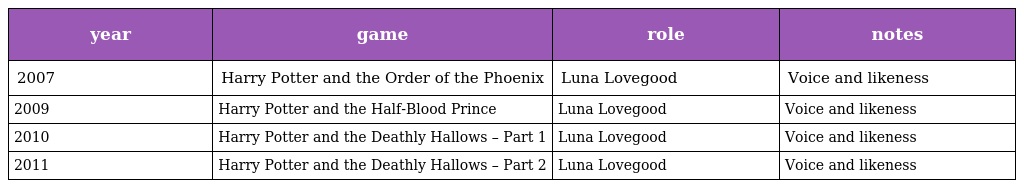
| year | game | role | notes |
 | --- | --- | --- | --- |
 | 2007 | Harry Potter and the Order of the Phoenix | Luna Lovegood | Voice and likeness |
 | 2009 | Harry Potter and the Half-Blood Prince | Luna Lovegood | Voice and likeness |
 | 2010 | Harry Potter and the Deathly Hallows – Part 1 | Luna Lovegood | Voice and likeness |
 | 2011 | Harry Potter and the Deathly Hallows – Part 2 | Luna Lovegood | Voice and likeness |